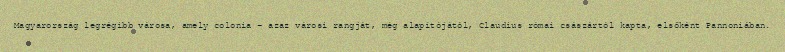
Magyarország legrégibb városa, amely colonia – azaz városi rangját, még alapítójától, Claudius római császártól kapta, elsőként Pannoniában.